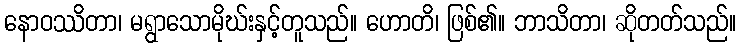
နောဝဿိတာ၊ မရွာသောမိုဃ်းနှင့်တူသည်။ ဟောတိ၊ ဖြစ်၏။ ဘာသိတာ၊ ဆိုတတ်သည်။